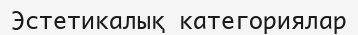
Эстетикалық категориялар